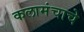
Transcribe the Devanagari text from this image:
कलामंचाचे